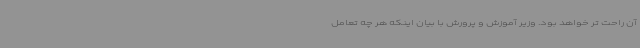
آن راحت تر خواهد بود. وزیر آموزش و پرورش با بیان اینکه هر چه تعامل